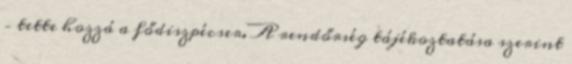
– tette hozzá a fődiszpécser. A rendőrség tájékoztatása szerint